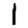
Digit: 1